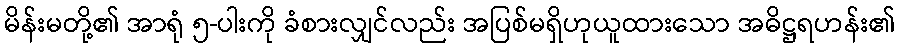
မိန်းမတို့၏ အာရုံ ၅-ပါးကို ခံစားလျှင်လည်း အပြစ်မရှိဟုယူထားသော အဓိဋ္ဌရဟန်း၏